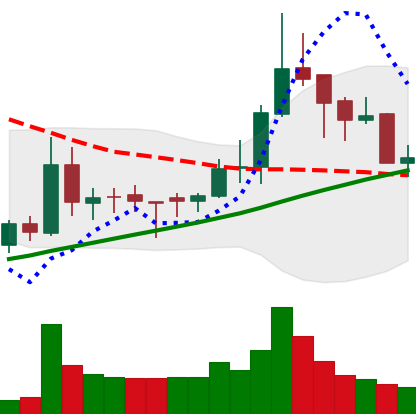
Ticker: BNB-USD
Chart end date: 2018-03-30
Forward return: 17.777%
Label: up_7plus